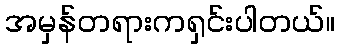
အမှန်တရားကရှင်းပါတယ်။